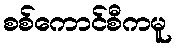
စစ်ကောင်စီကမူ